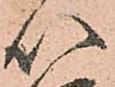
以